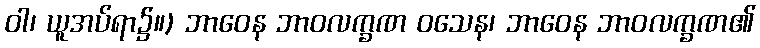
ဝါ၊ ယူအပ်ရာ၌။) ဘာဝေန ဘာဝလက္ခဏ ဝသေန၊ ဘာဝေန ဘာဝလက္ခဏ၏